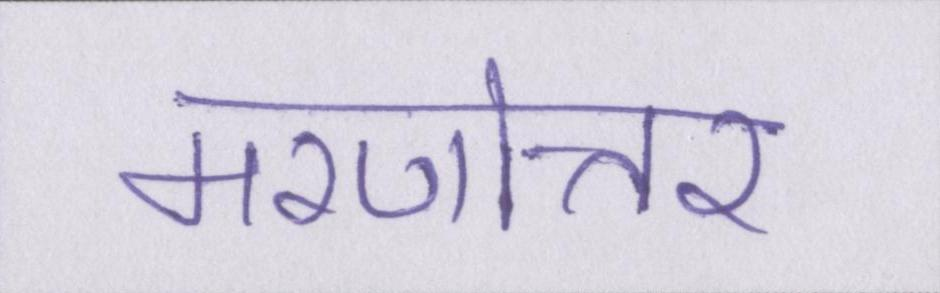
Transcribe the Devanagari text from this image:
मरणोत्तर